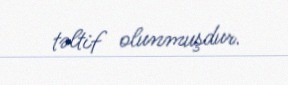
təltif olunmuşdur.